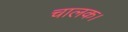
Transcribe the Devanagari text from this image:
चालक।